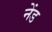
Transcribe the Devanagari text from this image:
नेंड